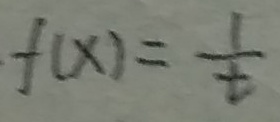
f ( x ) = \frac { 1 } { t }